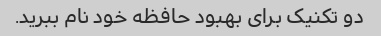
دو تکنیک برای بهبود حافظه خود نام ببرید.